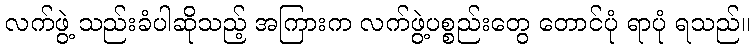
လက်ဖွဲ့ သည်းခံပါဆိုသည့် အကြားက လက်ဖွဲ့ပစ္စည်းတွေ တောင်ပုံ ရာပုံ ရသည်။